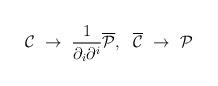
LaTeX: \begin{align*}{\cal C} ~\to~ \frac{1}{\partial_{i}\partial^{i}}{\overline{\cal P}} ,~~ {\overline{\cal C}} ~\to~{\cal P}\end{align*}